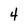
Character: 4